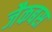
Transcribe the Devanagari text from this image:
जैकबस